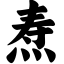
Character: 焘